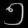
Digit: ၅